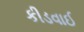
કીડવાઈ